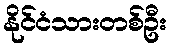
နိုင်ငံသားတစ်ဦး